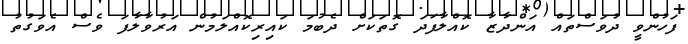
ފަހުންވީ ދުވަސްތައް އަންދާޒާ ކޮއްލާފަދަ ގޮތަކަށް ދެބުމަ ކައިރިކޮއްލަމުން އަރުވާލާފަ ވެސް އެވަގުތު